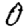
Digit: 0